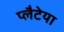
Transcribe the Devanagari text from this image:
प्लैटेया